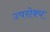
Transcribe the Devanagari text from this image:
उपरोक्य